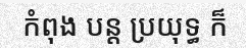
កំពុង បន្ត ប្រយុទ្ធ ក៏